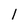
Character: l